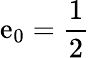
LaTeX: \mathrm{e}_{0}=\frac{{1}}{{2}}